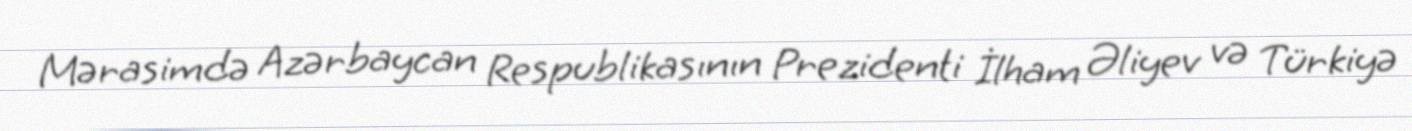
Mərasimdə Azərbaycan Respublikasının Prezidenti İlham Əliyev və Türkiyə